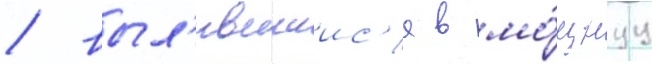
/ выл'ившиис'я в мо́щнуу